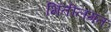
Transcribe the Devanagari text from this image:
भिंतीलगत